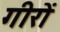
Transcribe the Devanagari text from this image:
गीरों